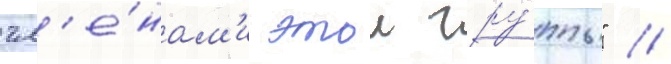
чл'е́нам'и этои гру́ппы" //